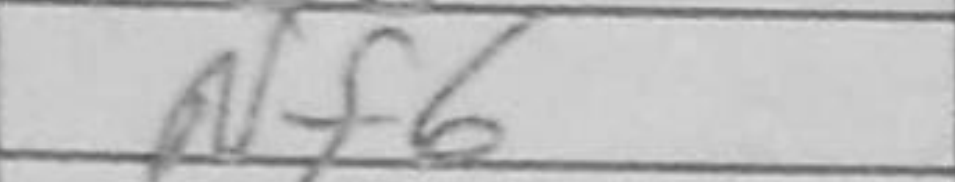
Transcription: Nf6